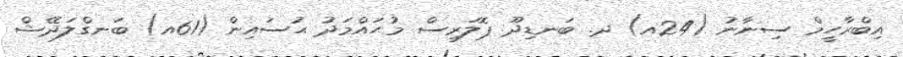
އިބްރާހީމް ސިނާނު (24އ) ދ. ބަނޑިދޫ ޕޮލަރިސް މުޙައްމަދު ޙުސައިން (61އ) ބަނގްލަދޭޝް